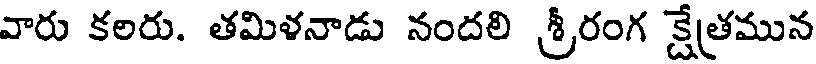
వారు కలరు. తమిళనాడు నందలి శ్రీరంగ క్షేత్రమున